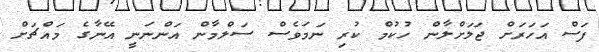
ފަސް އަހަރަށް ޖަލަށްލާން ހުކުމް ކުރި ނަމަވެސް ސަލްމާން އަންނަނީ އޭނާގެ މައްޗަށް